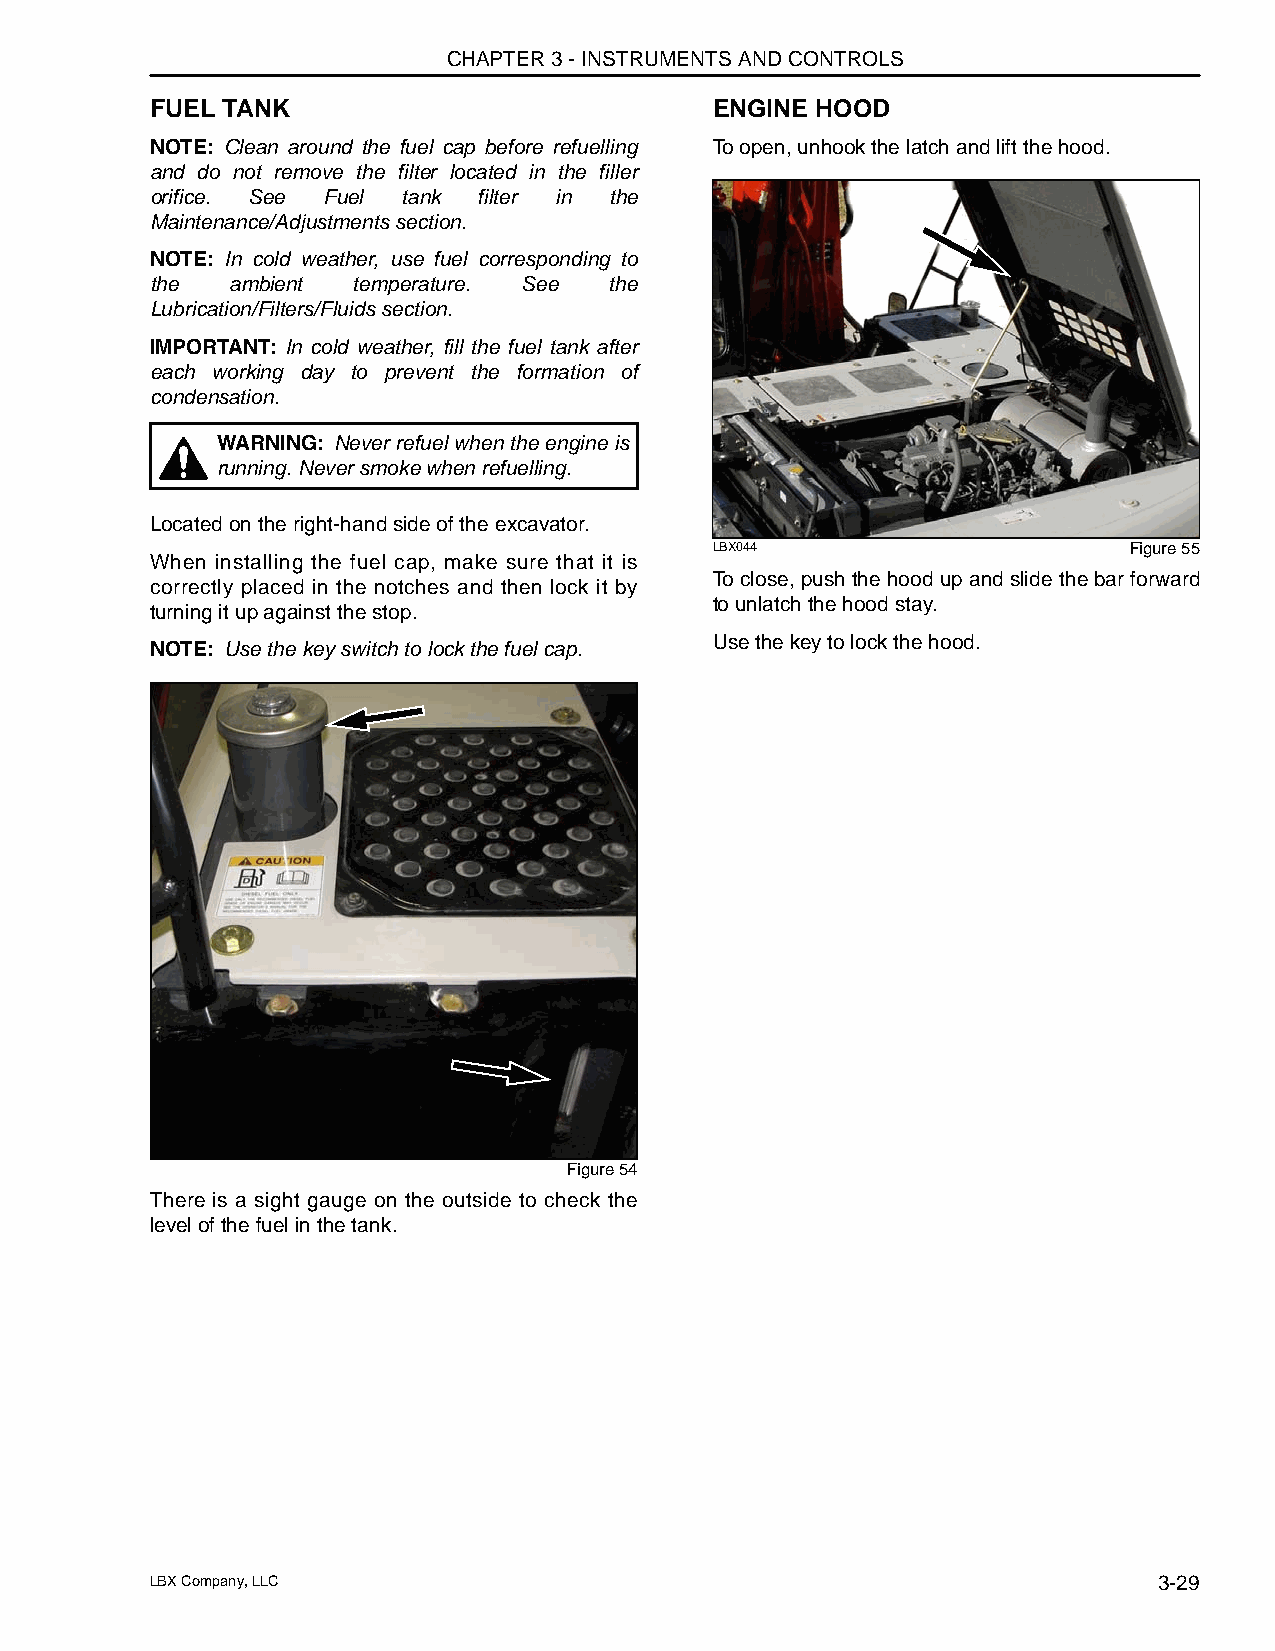
CHAPTER 3 - INSTRUMENTS AND CONTROLS
 FUEL TANK                            ENGINE HOOD
 NOTE: Clean around the fuel cap before refuelling To open, unhook the latch and lift the hood.
 and do not remove the filter located in the filler
 orifice. See Fuel tank filter in the
 Maintenance/Adjustments section.
 NOTE: In cold weather, use fuel corresponding to
 the  ambient temperature. See the
 Lubrication/Filters/Fluids section.
 IMPORTANT: In cold weather, fill the fuel tank after
 each working day to prevent the formation of
 condensation.
 WARNING: Never refuel when the engine is
 running. Never smoke when refuelling.
 Located on the right-hand side of the excavator.
 LBX044                      Figure 55
 When installing the fuel cap, make sure that it is
 To close, push the hood up and slide the bar forward
 correctly placed in the notches and then lock it by
 to unlatch the hood stay.
 turning it up against the stop.
 Use the key to lock the hood.
 NOTE: Use the key switch to lock the fuel cap.
 Figure 54
 There is a sight gauge on the outside to check the
 level of the fuel in the tank.
 LBX Company, LLC                                                   3-29